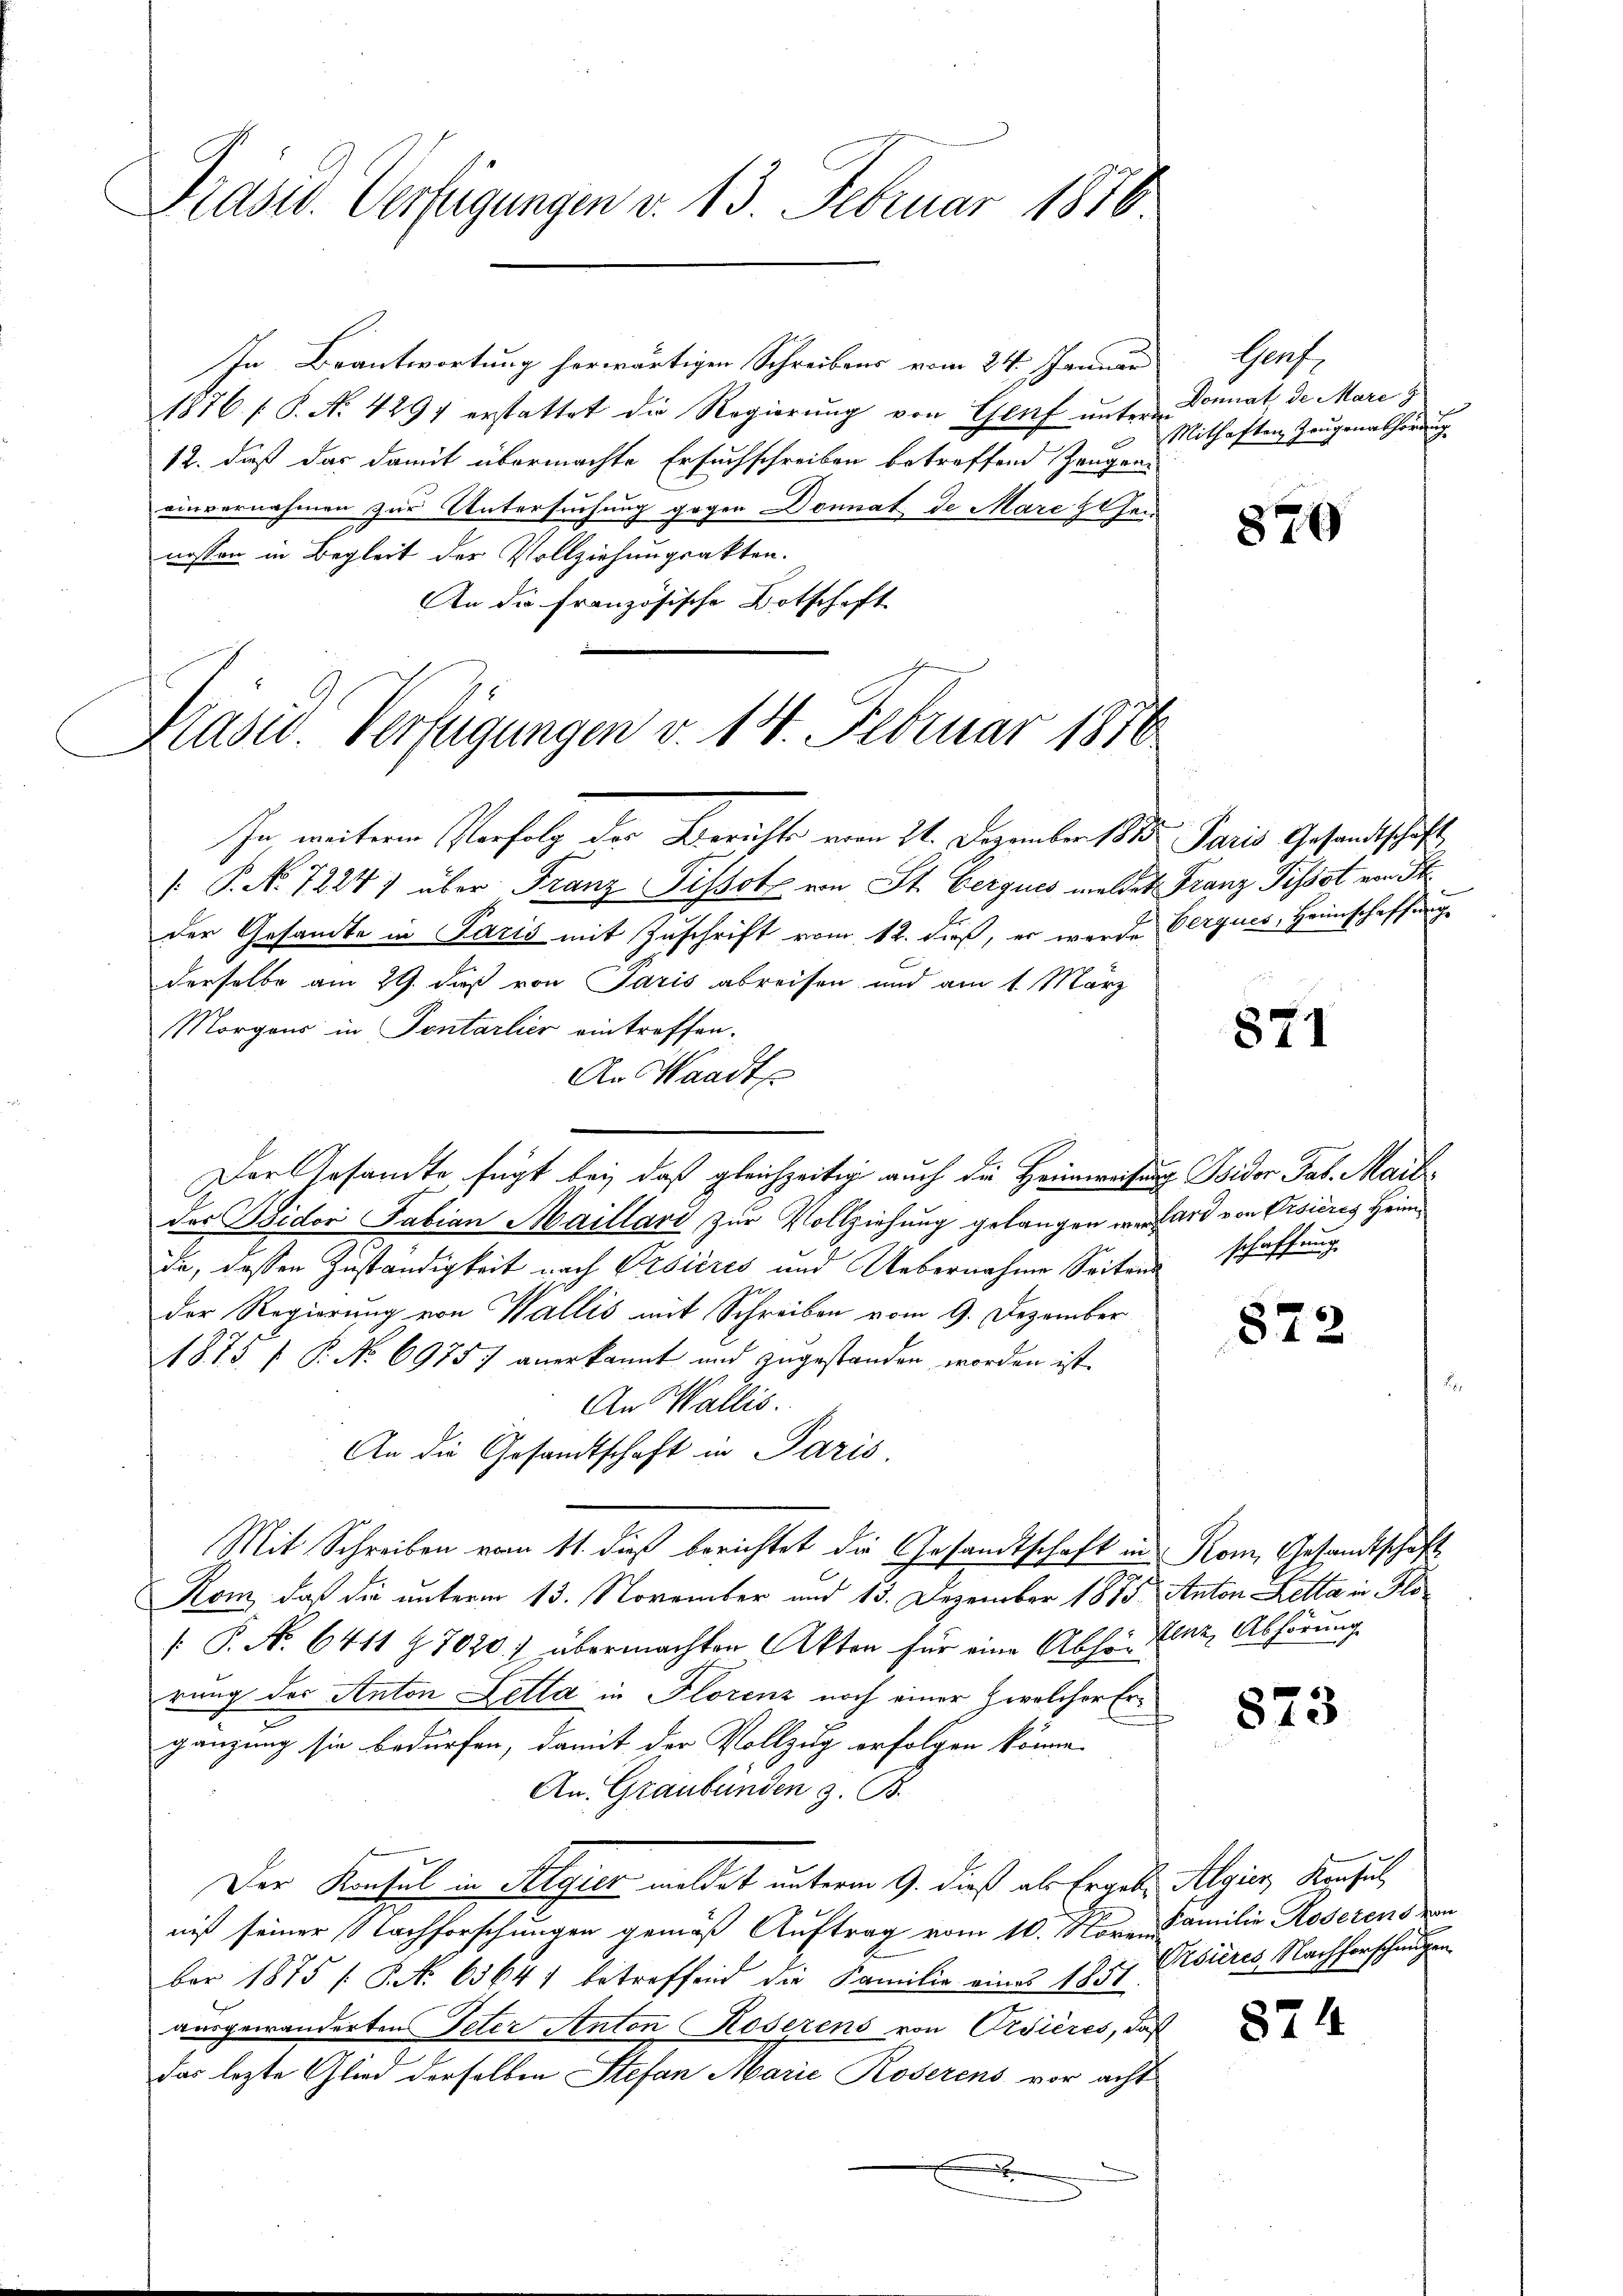
Präsid. Verfügungen v. 13. Februar 1876

In Beantwortung herwärtigen Schreibens vom 24. Januar
1876. P. N. 4291 erstattet die Regierŭng von Genf unter Sonnat, de Mare
12. daß das damit übermachte Ersuchschreiben betreffend Zeugeni
einvernahmen zur Untersuchung gegen Donnat de Mare sehen
nossen in Begleit der Vollziehungsakten.
An die französische Botschaft

Kasid. Verfügungen v. 14. Februar 1876

In weiteren Verfolg der Bericht vom 24. Dezember 1882. Paris Gesandtschäft
[: P. Nr. 7224) über Franz Pissot von St. Gerques meldet Franz Pissot von S
der Gesandte in Paris mit Zuschrift vom 12. dieß, er werde berques, Heimschaffungs
derselbe am 29. daß von Paris abreisen und am 1. März
Morgens in Sontarlier eintreffen.
An Waadt
Der Gesandte fügt bei, daß gleichzeitig auch die Heimweisung Isidor Tab. Mail
der Bidor Fabian Maillari zur Vollziehung gelangen verhard von Visieres Heim
de, dessen Zuständigkeit nach Visieres und Uebernahme Seitend
der Regierung von Wallis mit Schreiben vom 9. Dezember
1873 f. P. No 69757 anerkannt und zugestanden worden ist.
An Wallis.
An die Gesandtschaft in Paris
Mit Schreiben vom 11. dieß berichtet die Gesandtschaft in Rom, Gesandtschaft
Kom, daß die unterm 13. November und 13. Dezember 1875 Anton Letta in Flo
 P. Nr. 6411 § 70207 übermachten Akten für eine Abhör Linz, Abhörung
rung des Anton Zetta in Florenz noch einer Zwelcher Ergänzung sie bedürfen, damit der Vollzug erfolgen könne.
An. Graubünden z. B.
Der Konsul in Algier meldet unterm 9. dieß als Ergebe Algien, Konsul
niß seiner Nachforschungen gemäß Auftrag vom 10. Noven Familie Roserens von
ber 1875 / P. Nr. 63641 betreffend die Familie einer 1857 Visieres Nachforschungen
ausgewanderten Peter Anton Koserens von Orsières, daß
das lezte Glied derselben Stefan Marie Roserens vor acht
x

Ghof.
Mithaften Zeugenanhörung

876

871

schaffung

872

873

824